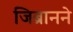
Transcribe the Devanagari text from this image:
जिब्रानने